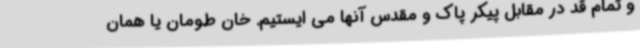
و تمام قد در مقابل پیکر پاک و مقدس آنها می ایستیم. خان طومان یا همان